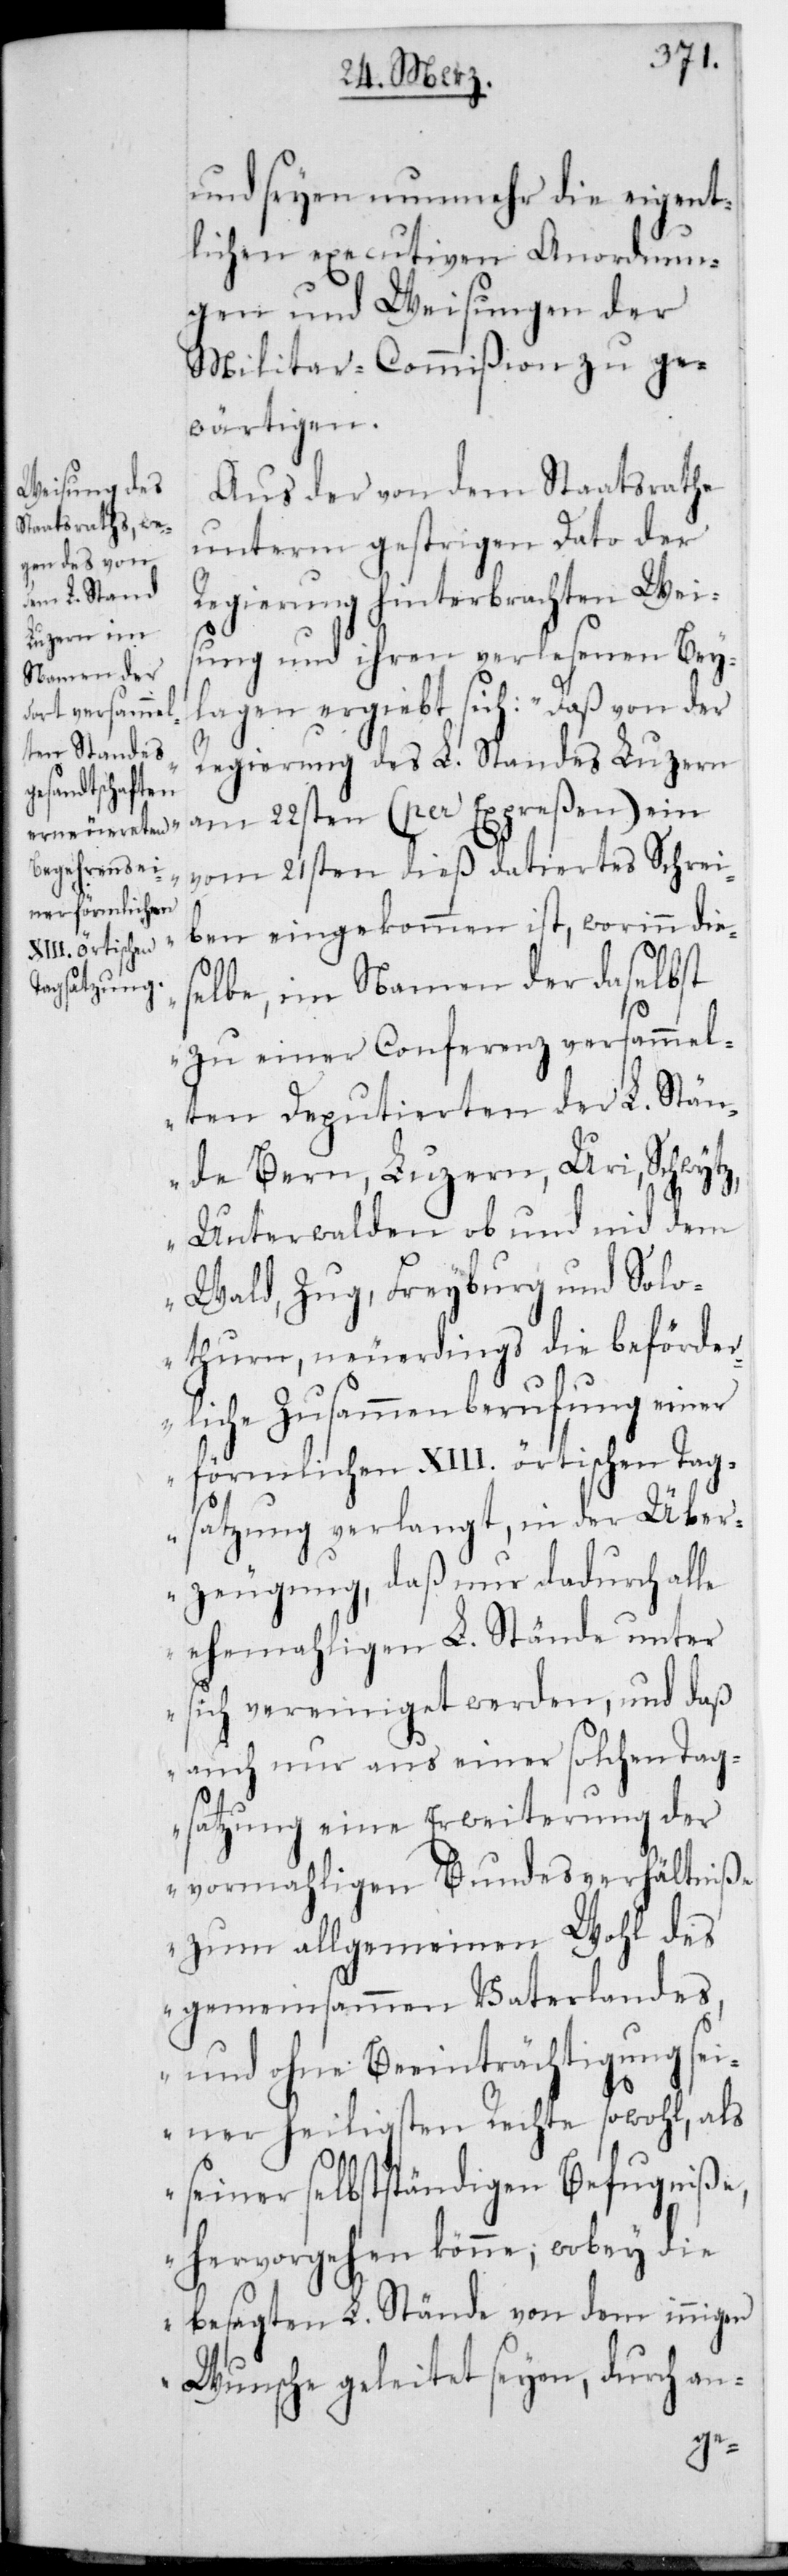
und seyen nunmehr die eigent¬
lichen executiven Anordnun¬
gen und Weisungen der
Militar-Commißion zu ge¬
wärtigen.
Aus der von dem Staatsrathe
unterm gestrigen Dato der
Regierung hinterbrachten Wei¬
sung und ihren verlesenen Bey¬
lagen ergiebt sich: „Daß von der
Regierung des L. Standes Luzern
am 22sten (per Expreßen) ein
vom 21sten dieß datiertes Schrei¬
ben eingekommen ist, worinn die¬
selbe, im Namen der daselbst
zu einer Conferenz versammel¬
ten Deputierten der L. Stän¬
de Bern, Luzern, Uri, Schwy¬
tz,
Unterwalden ob und nid dem
Wald, Zug, Freyburg und Solo¬
thurn, neuerdings die beförder¬
liche Zusammenberufung einer
förmlichen XIII. örtischen Tag¬
satzung verlangt, in der Über¬
zeugung, daß nur dadurch alle
ehemaligen L. Stände unter
sich vereiniget werden, und daß
auch nur aus einer solchen Tag¬
satzung einer Erweiterung der
vormaligen Bundesverhältniße
zum allgemeinen Wohl des
gemeinsamen Vaterlandes,
und ohne Beeinträchtigung sei¬
ner heiligsten Rechte sowohl, als
seiner selbständigen Befugniße,
hervorgehen könne; wobey die
besagten L. Stände von dem innigen
Wunsche geleitet seyen, durch an-